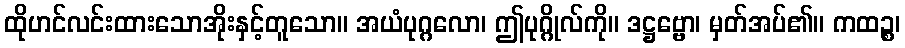
ထိုဟင်လင်းထားသောအိုးနှင့်တူသော။ အယံပုဂ္ဂလော၊ ဤပုဂ္ဂိုလ်ကို။ ဒဋ္ဌဗ္ဗော၊ မှတ်အပ်၏။ ကထဉ္စ၊